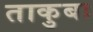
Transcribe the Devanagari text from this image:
ताकुबा